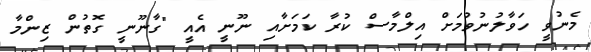
މެނުވީ ހަވާލުނުވުމަށް އިލްމާސް ކުރާ ކަމަށާއި ނޫނީ އެއީ "ގާނޫނީ ގޮތުން ޒިންމާ